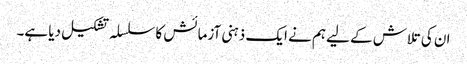
ان کی تلاش کے لیے ہم نے ایک ذہنی آزمائش کا سلسلہ تشکیل دیا ہے۔